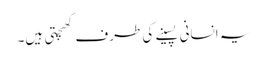
یہ انسانی پسینے کی طرف کھچتی ہیں۔